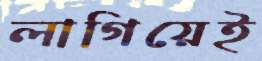
লাগিয়েই